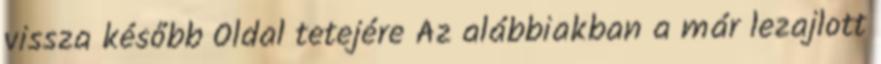
vissza később Oldal tetejére Az alábbiakban a már lezajlott